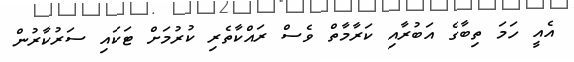
އެއީ ހަމަ ތިބާގެ އަބުރާއި ކަރާމާތް ވެސް ރައްކާތެރި ކުރުމަށް ޓަކައި ސަރުކާރުން